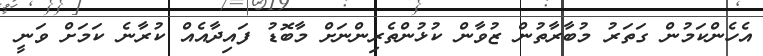
އެހެންކަމުން ގަތަރު މުބާރާތުން ޒުވާން ކުޅުންތެރިންނަށް މާބޮޑު ފައިދާއެއް ކުރާނެ ކަމަށް ވަނީ